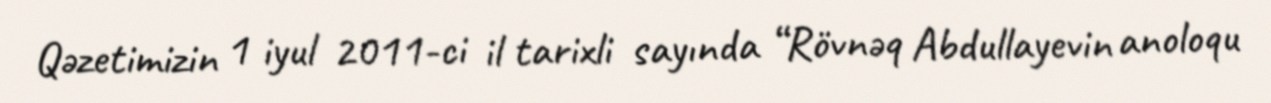
Qəzetimizin 1 iyul 2011-ci il tarixli sayında “Rövnəq Abdullayevin anoloqu